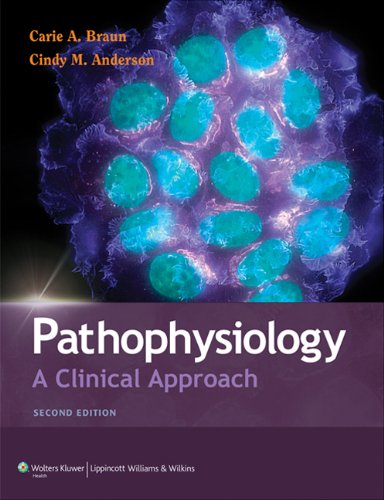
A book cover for Pathophysiology: A Clinical Approach; Carie A. Braun PhD  RN; Medical Books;